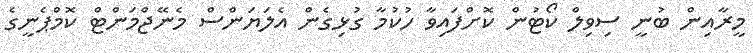
މީރާއިން ބުނީ ސިވިލް ކޯޓުން ކޮށްފައިވާ ހުކުމާ ގުޅިގެން އެލަޔަންސް މެނޭޖްމަންޓް ކޮމްޕެނީގެ